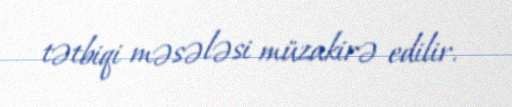
tətbiqi məsələsi müzakirə edilir.